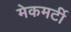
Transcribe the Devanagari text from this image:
मेकमर्टी